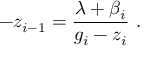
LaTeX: - z _ { i - 1 } = \frac { \lambda + \beta _ { i } } { g _ { i } - z _ { i } } ~ .